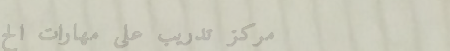
مركز تدريب على مهارات الح